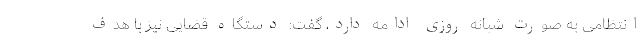
انتظامی به صورت شبانه روزی ادامه دارد، گفت: دستگاه قضایی نیز با هدف